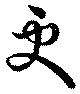
更